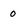
Character: 0